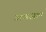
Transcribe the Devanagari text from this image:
अवजल